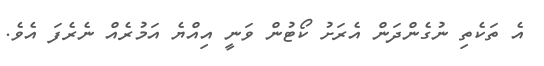
އެ ތަކެތި ނުގެންދަން އެރަށު ކޯޓުން ވަނީ އިއްޔެ އަމުރެއް ނެރެފަ އެވެ.